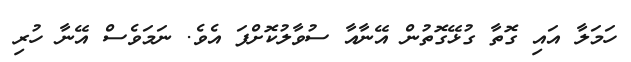
ހަމަލާ އައި ގޮތާ ގުޅޭގޮތުން އޭނާއާ ސުވާލުކޮށްފަ އެވެ. ނަމަވެސް އޭނާ ހުރި